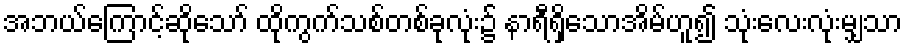
အဘယ်ကြောင့်ဆိုသော် ထိုကွက်သစ်တစ်ခုလုံး၌ နာရီရှိသောအိမ်ဟူ၍ သုံးလေးလုံးမျှသာ